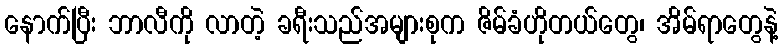
နောက်ပြီး ဘာလီကို လာတဲ့ ခရီးသည်အများစုက ဇိမ်ခံဟိုတယ်တွေ၊ အိမ်ရာတွေနဲ့